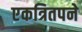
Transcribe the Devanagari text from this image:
एकत्रितपने